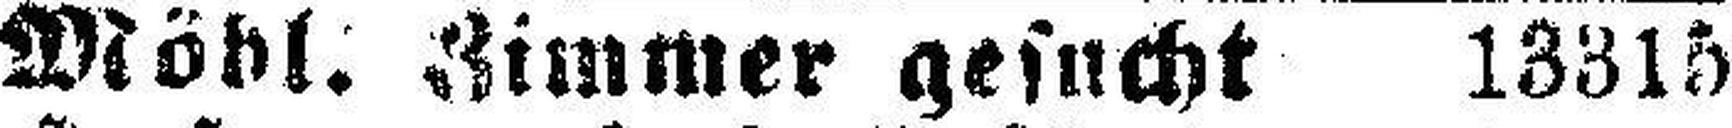
Möbl. Zimmer gesucht 13315